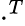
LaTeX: \cdot^{T}